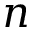
n